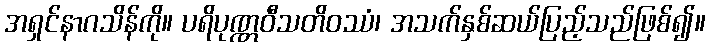
အရှင်နာဂသိန်ကို။ ပရိပုဏ္ဏဝီသတိဝဿံ၊ အသက်နှစ်ဆယ်ပြည့်သည်ဖြစ်၍။